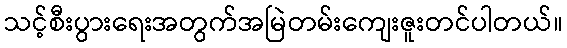
သင့်စီးပွားရေးအတွက်အမြဲတမ်းကျေးဇူးတင်ပါတယ်။